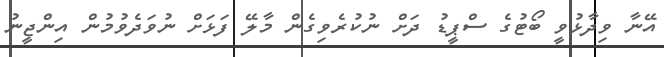
އޭނާ ވިދާޅުވީ ބޯޓުގެ ސްޕީޑު ދަށް ނުކުރެވިގެން މާލޭ ފަޅަށް ނުވަދެވުމުން އިންޖީނު